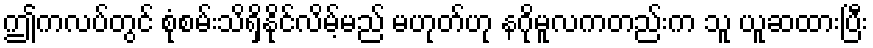
ဤကလပ်တွင် စုံစမ်းသိရှိနိုင်လိမ့်မည် မဟုတ်ဟု နဂိုမူလကတည်းက သူ ယူဆထားပြီး